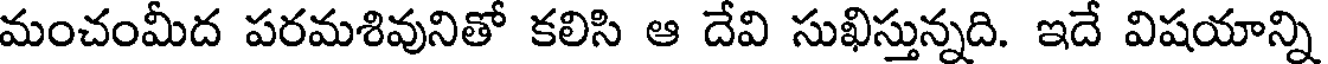
మంచంమీద పరమశివునితో కలిసి ఆ దేవి సుఖిస్తున్నది. ఇదే విషయాన్ని